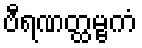
ဗီရဏတ္ထမ္ဗကံ